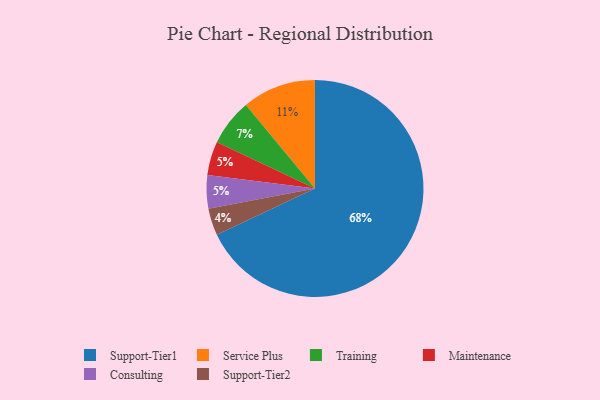
{"axis": {"x": "Category", "y": "Percentage"}, "legend": ["Consulting", "Maintenance", "Service Plus", "Support-Tier1", "Support-Tier2", "Training"], "data": [{"x": "Support-Tier1", "y": 68, "type": "Support-Tier1"}, {"x": "Support-Tier2", "y": 4, "type": "Support-Tier2"}, {"x": "Maintenance", "y": 5, "type": "Maintenance"}, {"x": "Service Plus", "y": 11, "type": "Service Plus"}, {"x": "Training", "y": 7, "type": "Training"}, {"x": "Consulting", "y": 5, "type": "Consulting"}]}